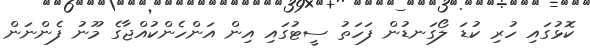
ކޮޅުގައި ހުރި ކުޑަ ލޯގަނޑުން ފަހަތު ސީޓުގައި އިން އަންހެންކުއްޖާގެ މޫނު ފެންނަން